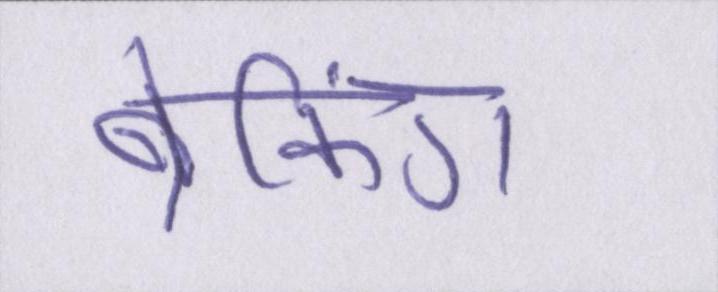
ब्रेकिंग